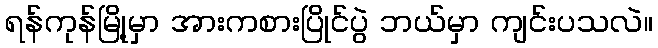
ရန်ကုန်မြို့မှာ အားကစားပြိုင်ပွဲ ဘယ်မှာ ကျင်းပသလဲ။